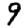
Digit: 9